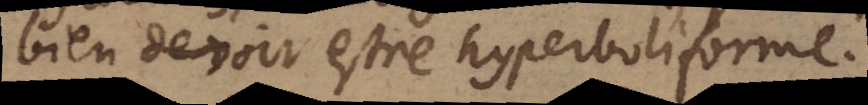
bien devoir estre hyperboliforme.